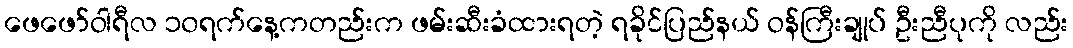
ဖေဖော်ဝါရီလ ၁၀ရက်နေ့ကတည်းက ဖမ်းဆီးခံထားရတဲ့ ရခိုင်ပြည်နယ် ဝန်ကြီးချုပ် ဦးညီပုကို လည်း